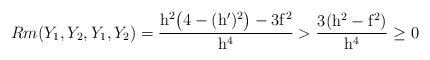
LaTeX: \begin{align*}Rm(Y_1, Y_2, Y_1, Y_2)= \frac{\mathrm{h}^2\big(4- (\mathrm{h}')^2\big)- 3\mathrm{f}^2}{\mathrm{h}^4}> \frac{3(\mathrm{h}^2- \mathrm{f}^2)}{\mathrm{h}^4}\geq 0 \end{align*}